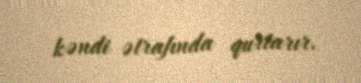
kəndi ətrafında qurtarır.